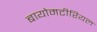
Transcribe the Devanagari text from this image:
बायोमटीरियल